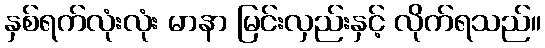
နှစ်ရက်လုံးလုံး မာနာ မြင်းလှည်းနှင့် လိုက်ရသည်။